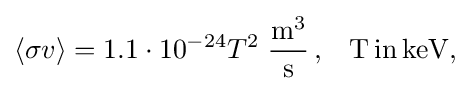
\left\langle \sigma v\right\rangle =1.1\cdot 10^{-24}T^{2}\;{\frac {{\rm {m}}^{3}}{\rm {s}}}\,{\rm {,}}\quad {\rm {T\,in\,keV}}{\rm {,}}